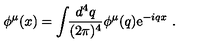
\phi ^ { \mu } ( x ) = \int \! \! { \frac { d ^ { 4 } q } { ( 2 \pi ) ^ { 4 } } } \phi ^ { \mu } ( q ) \mathrm { e } ^ { - i q x } \ .